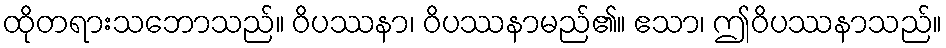
ထိုတရားသဘောသည်။ ဝိပဿနာ၊ ဝိပဿနာမည်၏။ ဧသာ၊ ဤဝိပဿနာသည်။